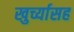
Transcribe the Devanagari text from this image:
खुर्च्यासह